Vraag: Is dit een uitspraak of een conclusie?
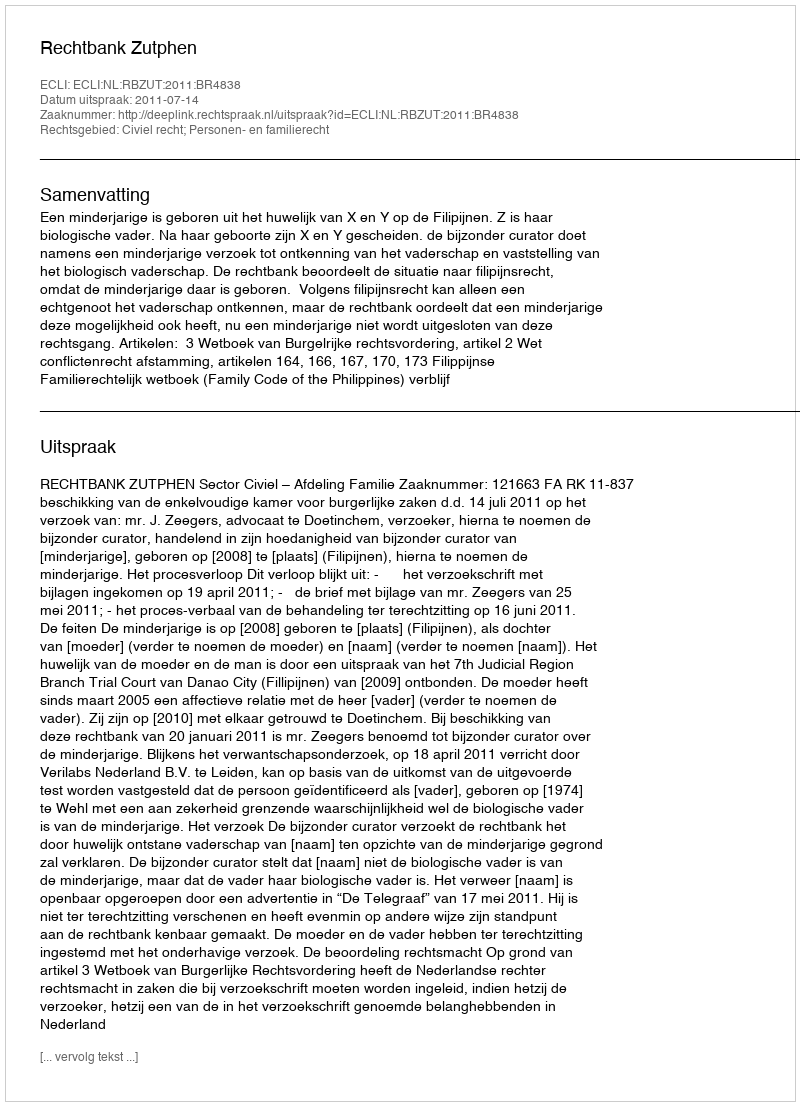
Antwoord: Uitspraak